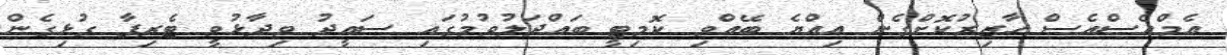
އެމްއެސްއެސް ހާޒިރުކޮށްގެން އިއްޔެ ބޭއްވި ކޮމިޓީ ބައްދަލުވުމުގައި ސައީދު ވިދާޅުވީ ޓެރިފާ ގުޅިގެން